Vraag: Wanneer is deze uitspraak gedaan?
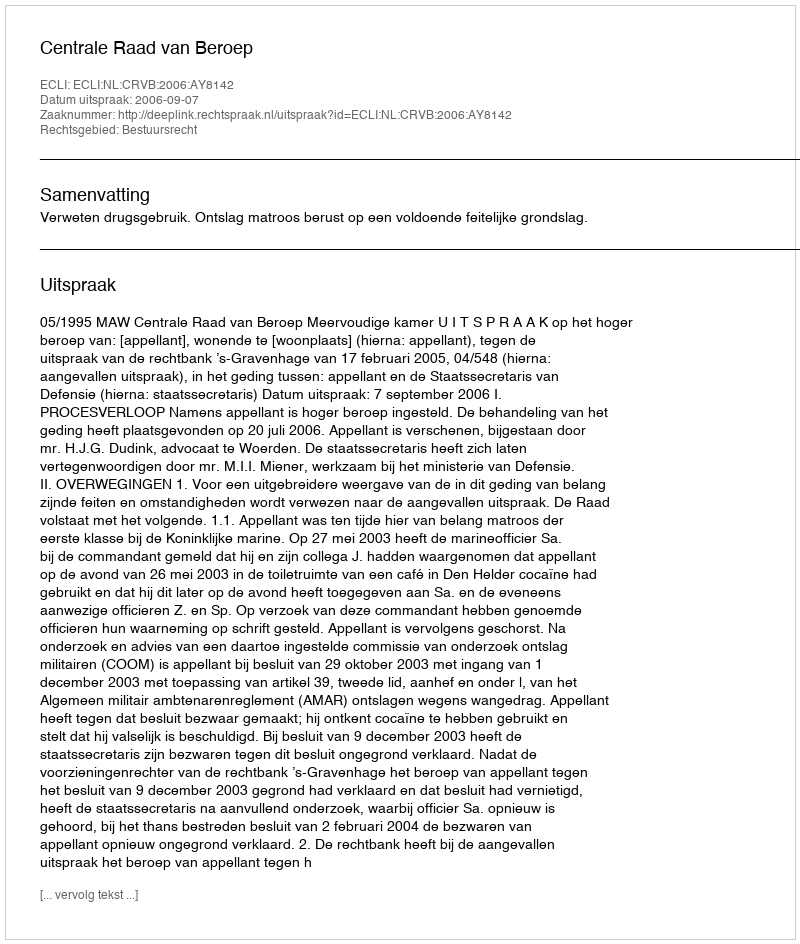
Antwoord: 2006-09-07